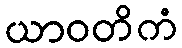
ယာဝတိကံ